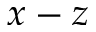
x - z